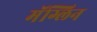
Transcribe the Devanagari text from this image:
मॅग्लिन